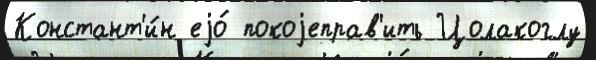
Констант'и́н еjо́ покоjеправ'ить Цолакоглу